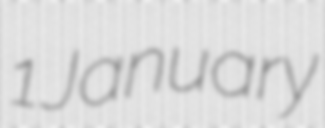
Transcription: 1 January